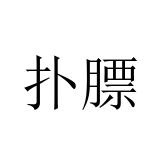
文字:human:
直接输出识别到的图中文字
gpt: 扑膘